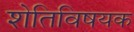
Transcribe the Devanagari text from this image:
शेतिविषयक